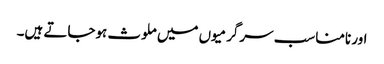
اور نامناسب سرگرمیوں میں ملوث ہوجاتے ہیں۔